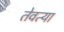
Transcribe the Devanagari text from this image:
तेवत्या